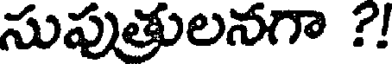
సుపుతులనగా ?!